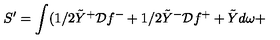
S ^ { \prime } = \int ( 1 / 2 \tilde { Y } ^ { + } { \cal D } f ^ { - } + 1 / 2 \tilde { Y } ^ { - } { \cal D } f ^ { + } + \tilde { Y } d \omega +